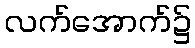
လက်အောက်၌